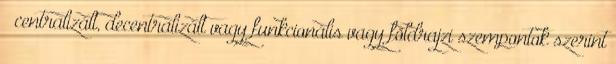
– centralizált, decentralizált vagy funkcionális vagy földrajzi szempontok szerint